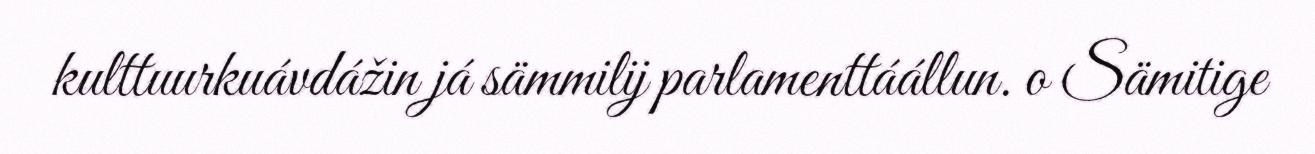
kulttuurkuávdážin já sämmilij parlamenttáállun. o Sämitige